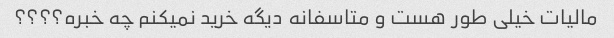
مالیات خیلی طور هست و متاسفانه دیگه خرید نمیکنم چه خبره؟؟؟؟